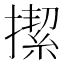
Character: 𢴲